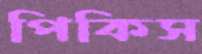
পিকিস